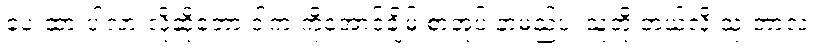
ပေးထားပါလားလို့ဆိုတော့ ဒါက ကိုအောင်ချိမ့် စာအုပ် နာမည်ပဲ၊ သူတို့ ဘယ်လို သုံးတာလဲ ၊